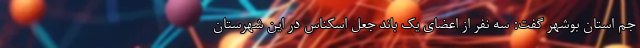
جم استان بوشهر گفت: سه نفر از اعضای یک باند جعل اسکناس در این شهرستان